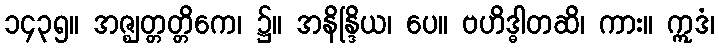
၁၄၃၅။ အဇ္ဈတ္တတ္တိကေ၊ ၌။ အနိန္ဒြိယ၊ ပေ။ ဗဟိဒ္ဓါတဆိ၊ ကား။ ဣဒံ၊